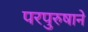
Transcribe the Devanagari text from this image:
परपुरुषाने